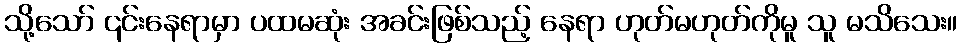
သို့သော် ၎င်းနေရာမှာ ပထမဆုံး အခင်းဖြစ်သည့် နေရာ ဟုတ်မဟုတ်ကိုမူ သူ မသိသေး။